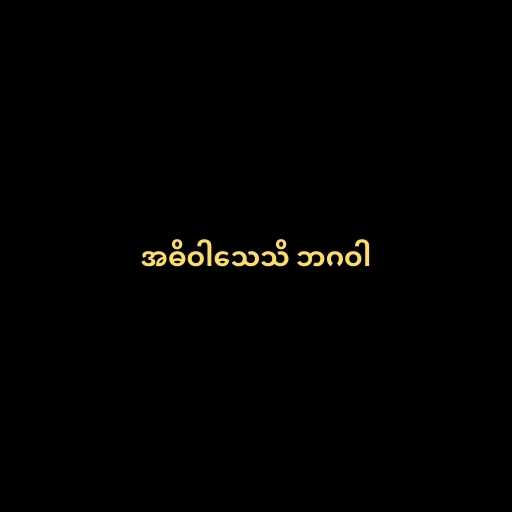
အဓိဝါသေသိ ဘဂဝါ